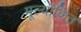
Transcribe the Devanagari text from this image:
मूल्‍यांकित